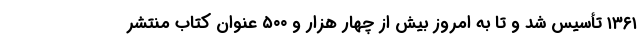
۱۳۶۱ تأسیس شد و تا به امروز بیش از چهار هزار و ۵۰۰ عنوان کتاب منتشر